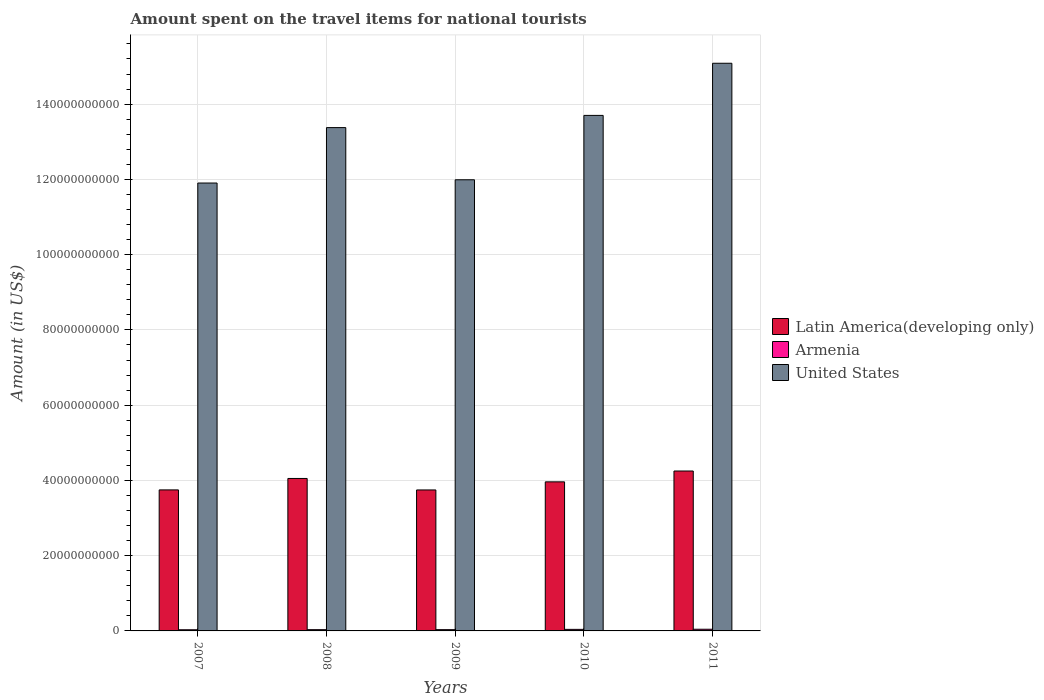
| Years | Latin America(developing only) | Armenia | United States |
 | --- | --- | --- | --- |
 | 2007 | 3.75e+10 | 3.11e+08 | 1.19e+11 |
 | 2008 | 4.05e+10 | 3.35e+08 | 1.34e+11 |
 | 2009 | 3.75e+10 | 3.37e+08 | 1.2e+11 |
 | 2010 | 3.96e+10 | 4.11e+08 | 1.37e+11 |
 | 2011 | 4.25e+10 | 4.48e+08 | 1.51e+11 |